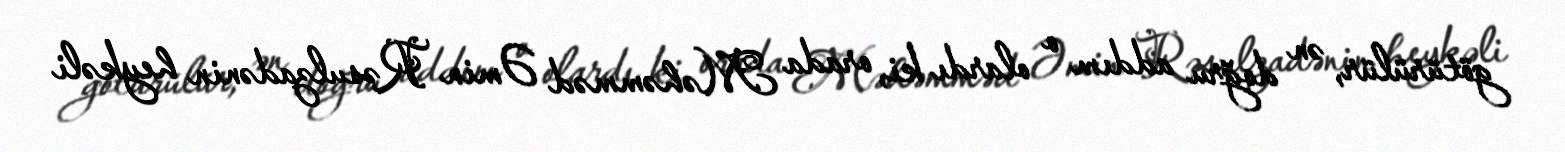
götürülür, ən doğru addım o olardı ki, orada Məhəmməd Əmin Rəsulzadənin heykəli